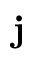
\mathbf j